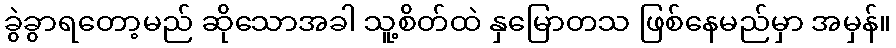
ခွဲခွာရတော့မည် ဆိုသောအခါ သူ့စိတ်ထဲ နှမြောတသ ဖြစ်နေမည်မှာ အမှန်။